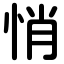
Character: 悄